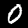
Label: 0